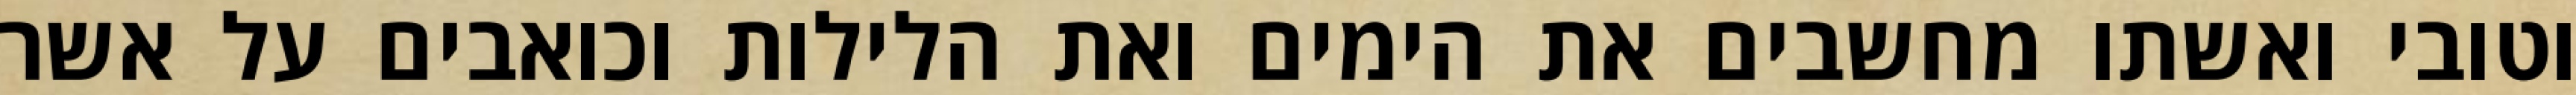
וטובי ואשתו מחשבים את הימים ואת הלילות וכואבים על אשר